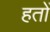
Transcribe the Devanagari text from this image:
हतों